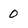
Character: 0